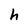
Character: h